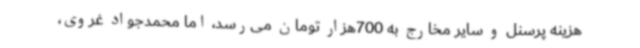
هزینه‌ پرسنل و سایر مخارج به 700‌هزار تومان می‌رسد، اما محمدجواد غروی،